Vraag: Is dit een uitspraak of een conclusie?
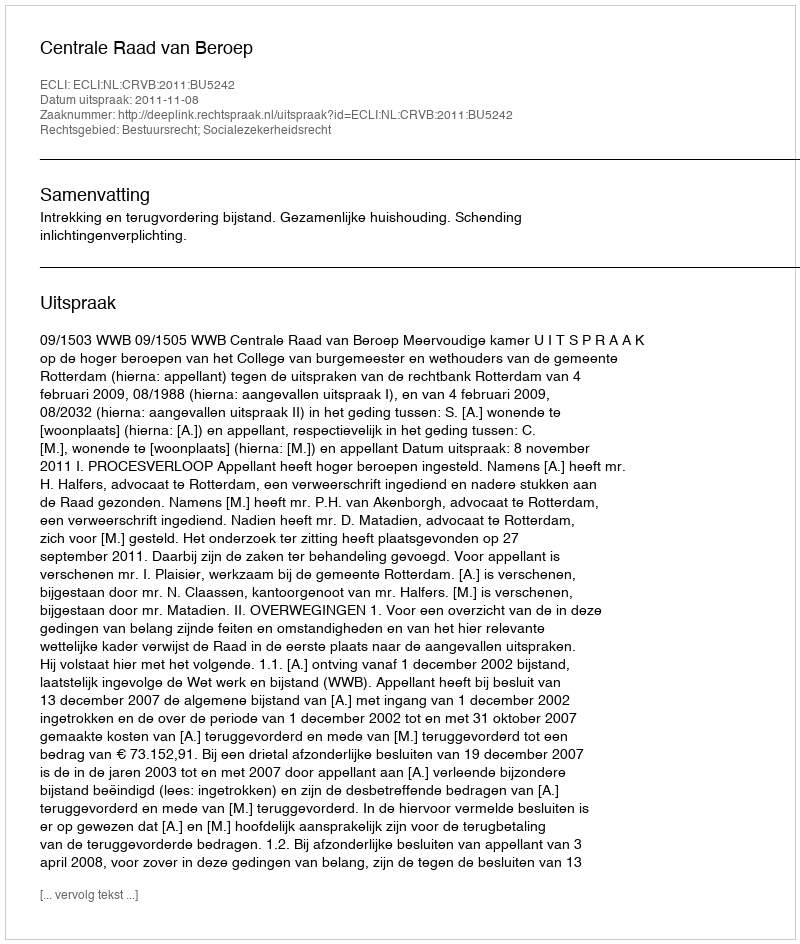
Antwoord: Uitspraak